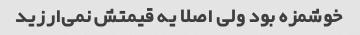
خوشمزه بود ولی اصلا یه قیمتش نمی‌ارزید